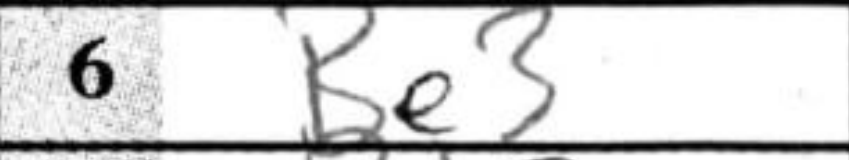
Transcription: Be3